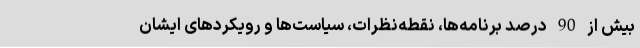
بیش از 90 درصد برنامه‌ها،‌ نقطه‌نظرات، سیاست‌ها و رویکردهای ایشان